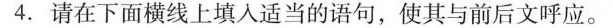
4.请在下面横线上填入适当的语句，使其与前后文呼应。